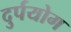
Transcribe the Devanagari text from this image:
दुर्पयोग